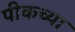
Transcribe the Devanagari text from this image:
पीकच्या